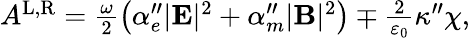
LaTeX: \begin{array}{r}{A^{\mathrm{L},\mathrm{R}}=\frac{\omega}{2}\left(\alpha_{e}^{\prime\prime}|\mathbf{E}|^{2}+\alpha_{m}^{\prime\prime}|\mathbf{B}|^{2}\right)\mp\frac{2}{\varepsilon_{0}}\kappa^{\prime\prime}\chi,}\end{array}